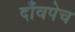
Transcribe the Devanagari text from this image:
दाँवपेच